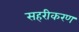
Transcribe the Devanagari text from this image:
सहरीकरण